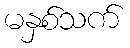
မနှစ်သက်